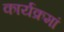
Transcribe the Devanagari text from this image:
कार्यक्रमां